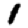
Digit: 1